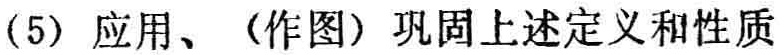
(5) 应用、（作图）巩固上述定义和性质